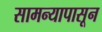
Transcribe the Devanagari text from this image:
सामन्यापासून